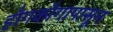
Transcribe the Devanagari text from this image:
हाँगकाँगापासून